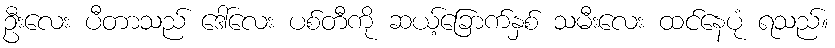
ဦးလေး ပီတာသည် ဒေါ်လေး ပစ်တီကို ဆယ့်ခြောက်နှစ် သမီးလေး ထင်နေပုံ ရသည်။